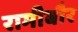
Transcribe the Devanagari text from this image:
रामीबौर